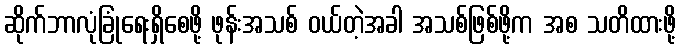
ဆိုက်ဘာလုံခြုံရေးရှိစေဖို့ ဖုန်းအသစ် ဝယ်တဲ့အခါ အသစ်ဖြစ်ဖို့က အစ သတိထားဖို့